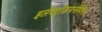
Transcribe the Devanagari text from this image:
इलेक्ट्रोडायनेमिक्स